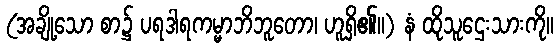
(အချို့သော စာ၌ ပရဒါရကမ္မာဘိဘူတော၊ ဟူရှိ၏။) နံ ထိုသူဌေးသားကို။